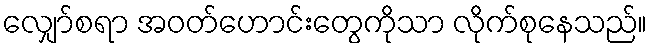
လျှော်စရာ အဝတ်ဟောင်းတွေကိုသာ လိုက်စုနေသည်။